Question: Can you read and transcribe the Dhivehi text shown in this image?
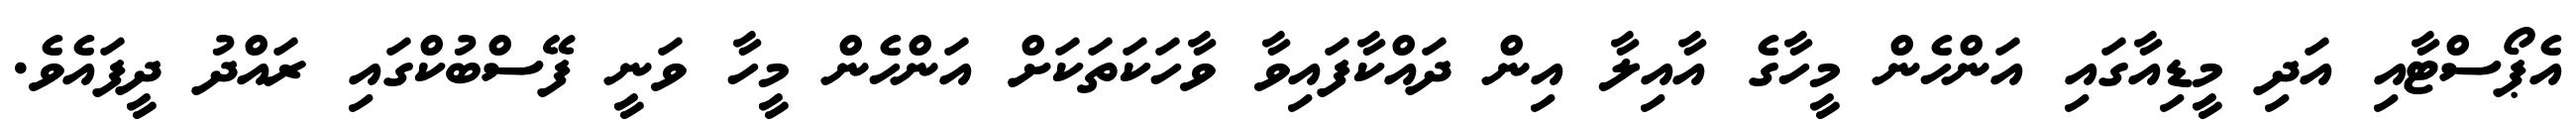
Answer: އެޕޯސްޓާއި އަދި މީޑިއާގައި އަންހެން މީހާގެ އާއިލާ އިން ދައްކާފައިވާ ވާހަކަތަކަށް އަންހެން މީހާ ވަނީ ފޭސްބުކްގައި ރައްދު ދީފައެވެ.